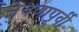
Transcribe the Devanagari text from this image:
जेवणापूर्वी